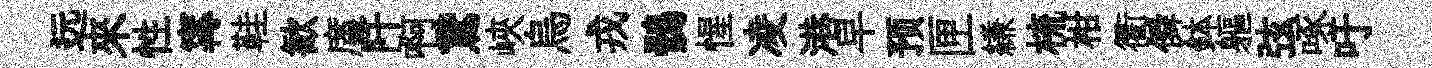
远來性𡩋鞋歓廑阡啊鵞峽烏戎鶻惺凌港早预匣縑梳柑衢僢鉢軀弦啄吁